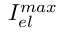
I _ { e l } ^ { m a x }